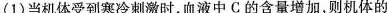
(1)当机体受到寒冷刺激时，血液中C的含量增加，则机体的